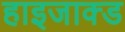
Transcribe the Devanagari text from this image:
हाइजाक्ड